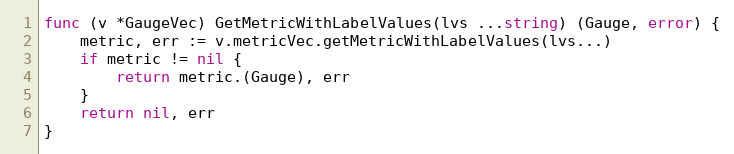
Language: Go
func (v *GaugeVec) GetMetricWithLabelValues(lvs ...string) (Gauge, error) {
	metric, err := v.metricVec.getMetricWithLabelValues(lvs...)
	if metric != nil {
		return metric.(Gauge), err
	}
	return nil, err
}